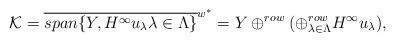
LaTeX: \begin{align*} \mathcal K =\overline{span\{Y, H^\infty u_\lambda\lambda\in\Lambda\}}^{w^*} = Y\oplus^{row} (\oplus^{row}_{\lambda\in\Lambda } H^\infty u_\lambda), \end{align*}